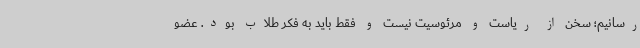
رسانیم؛ سخن از ریاست و مرئوسیت نیست و فقط باید به فکر طلاب بود. عضو